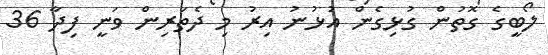
ލޯބީގެ ގޮތުން ގުޅިގެން އުޅުނު އިރު މި ދެތަރިން ވަނީ ފިދާ 36